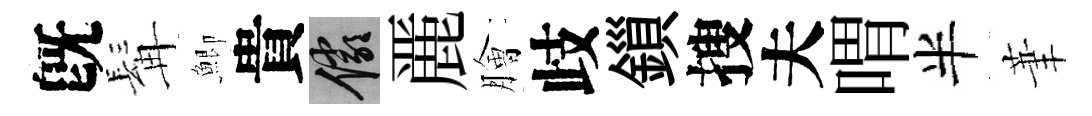
旣髯鯽貴儼䴡膾歧鎻搜夫喟半茟